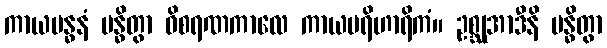
ကာယဗန္ဓနံ ဗန္ဓိတွာ ဝိစရဏကာလေ ကာယပရိဟာရိကံ။ ဥစ္ဆုအာဒီနိ ဗန္ဓိတွာ